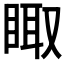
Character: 𰥫